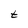
Character: t